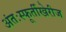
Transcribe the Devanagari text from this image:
अंतःस्फूर्तीखेरीज